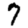
Digit: 7